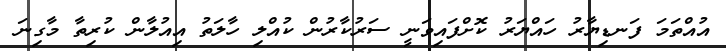
އުއްތަމަ ފަނޑިޔާރު ހައްޔަރު ކޮށްފައިވަނީ ސަރުކާރުން ކުއްލި ހާލަތު އިއުލާން ކުރިތާ މާގިނަ